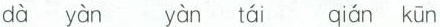
dà yàn yàn tái qián kūn